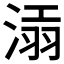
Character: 𣸝